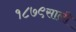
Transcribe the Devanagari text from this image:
१८७९साली